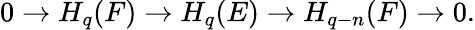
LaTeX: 0\to H_{q}(F)\to H_{q}(E)\to H_{q-n}(F)\to 0.